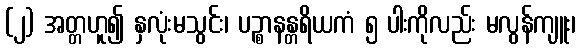
(၂) အတ္တဟူ၍ နှလုံးမသွင်း၊ ပဉ္စာနန္တရိယကံ ၅ ပါးကိုလည်း မလွန်ကျူး၊